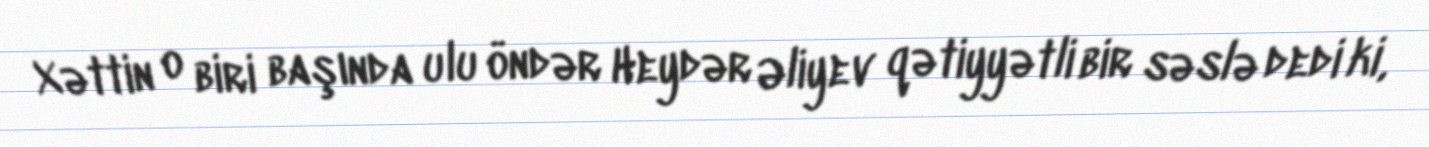
Xəttin o biri başında ulu öndər Heydər Əliyev qətiyyətli bir səslə dedi ki,